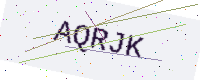
Text: AQRJK